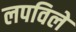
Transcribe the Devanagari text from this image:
लपविले